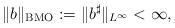
LaTeX: \begin{align*}\|b\|_{\rm BMO}:=\|b^\sharp\|_{L^\infty}<\infty,\end{align*}